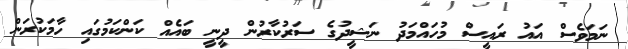
ނަމަވެސް އައު ރައީސް މުހައްމަދު ނަޝީދުގެ ސަރުކާރުން ދީނީ ބައެއް ކަންކަމުގައި ހާމަކުރަން